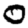
Digit: 0